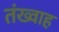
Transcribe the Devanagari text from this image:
तंख्वाह